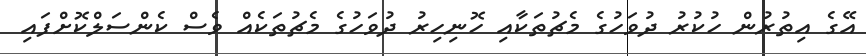
އޭގެ އިތުރުން ހުކުރު ދުވަހުގެ މެޗުތަކާއި ހޮނިހިރު ދުވަހުގެ މެޗުތަކެއް ވެސް ކެންސަލްކޮށްފައި